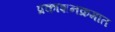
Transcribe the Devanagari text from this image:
प्रकाशनक्रमात